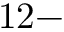
1 2 -